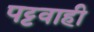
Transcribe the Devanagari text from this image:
पट्टवाही